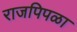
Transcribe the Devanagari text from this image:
राजपिपळा